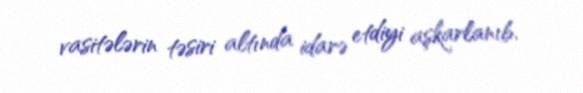
vasitələrin təsiri altında idarə etdiyi aşkarlanıb.